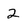
Character: 2